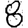
Digit: 8